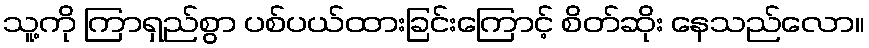
သူ့ကို ကြာရှည်စွာ ပစ်ပယ်ထားခြင်းကြောင့် စိတ်ဆိုး နေသည်လော။